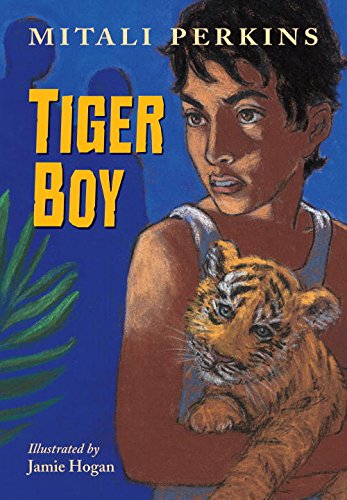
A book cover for Tiger Boy; Mitali Perkins; Children's Books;